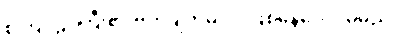
စကြဝဠာကြီး၏ ဗဟိုချက်မပင် ဖြစ်နေပေလိမ့်မည်။